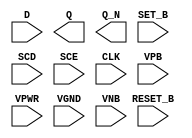
module sky130_fd_sc_ls__sdfbbp (
    //# {{data|Data Signals}}
    input  D      ,
    output Q      ,
    output Q_N    ,

    //# {{control|Control Signals}}
    input  RESET_B,
    input  SET_B  ,

    //# {{scanchain|Scan Chain}}
    input  SCD    ,
    input  SCE    ,

    //# {{clocks|Clocking}}
    input  CLK    ,

    //# {{power|Power}}
    input  VPB    ,
    input  VPWR   ,
    input  VGND   ,
    input  VNB
);
endmodule